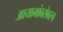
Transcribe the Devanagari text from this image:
आयामांबरोबरच